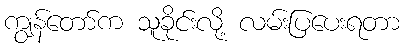
ကျွန်တော်က သူခိုင်းလို့ လမ်းပြပေးရတာ